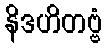
နိဒဟိတဗ္ဗံ